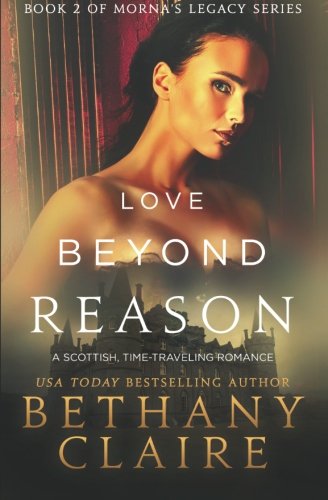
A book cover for Love Beyond Reason: A Scottish, Time-Traveling Romance (Book 2 of Morna's Legacy Series); Bethany Claire; Romance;